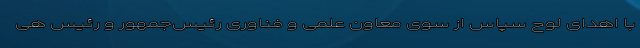
با اهدای لوح سپاس از سوی معاون علمی و فناوری رئیس‌جمهور و رئیس هی